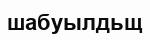
шабуылдьщ